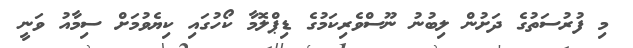
މި ފުރުސަތުގެ ދަށުން ލިބުނު ނޫސްވެރިކަމުގެ ޑިޕްލޮމާ ކޯހުގައި ކިޔެވުމަށް ސިމާއު ވަނީ